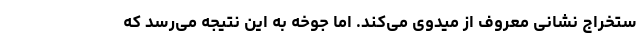
ستخراج نشانی معروف از میدوی می‌کند. اما جوخه به این نتیجه می‌رسد که